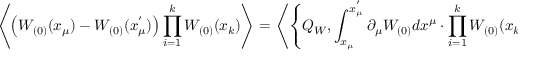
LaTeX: \left\langle \left( W _ { ( 0 ) } ( x _ { \mu } ) - W _ { ( 0 ) } ( x _ { \mu } ^ { ' } ) \right) \prod _ { i = 1 } ^ { k } W _ { ( 0 ) } ( x _ { k } ) \right\rangle = \left\langle \left\{ Q _ { W } , \int _ { x _ { \mu } } ^ { x _ { \mu } ^ { ' } } \partial _ { \mu } W _ { ( 0 ) } d x ^ { \mu } \cdot \prod _ { i = 1 } ^ { k } W _ { ( 0 ) } ( x _ { k } ) \right\} \right\rangle = 0 ,